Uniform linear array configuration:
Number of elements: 24
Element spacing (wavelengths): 0.75
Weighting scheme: exponential
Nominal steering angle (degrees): -60
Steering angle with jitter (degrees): -59.708
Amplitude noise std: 0.05
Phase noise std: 0.05

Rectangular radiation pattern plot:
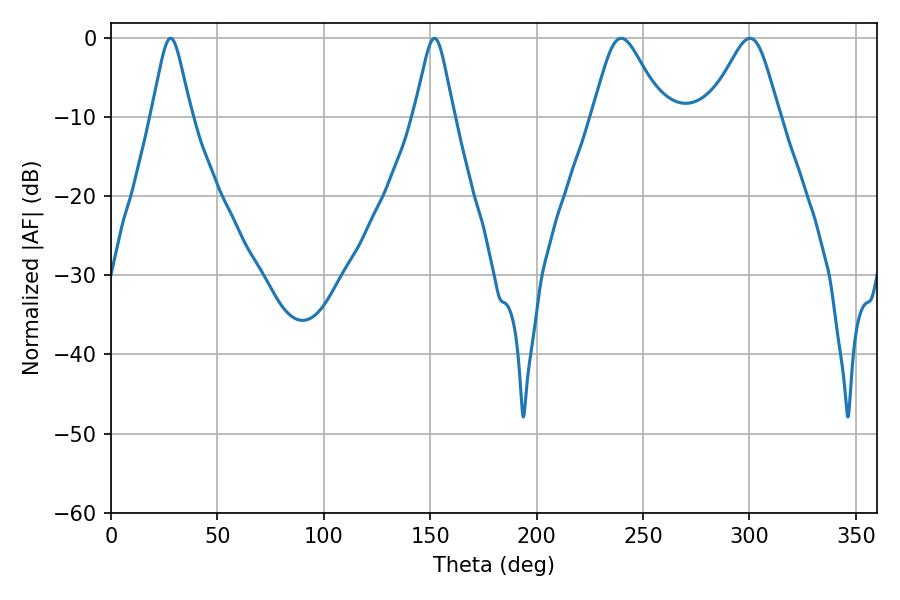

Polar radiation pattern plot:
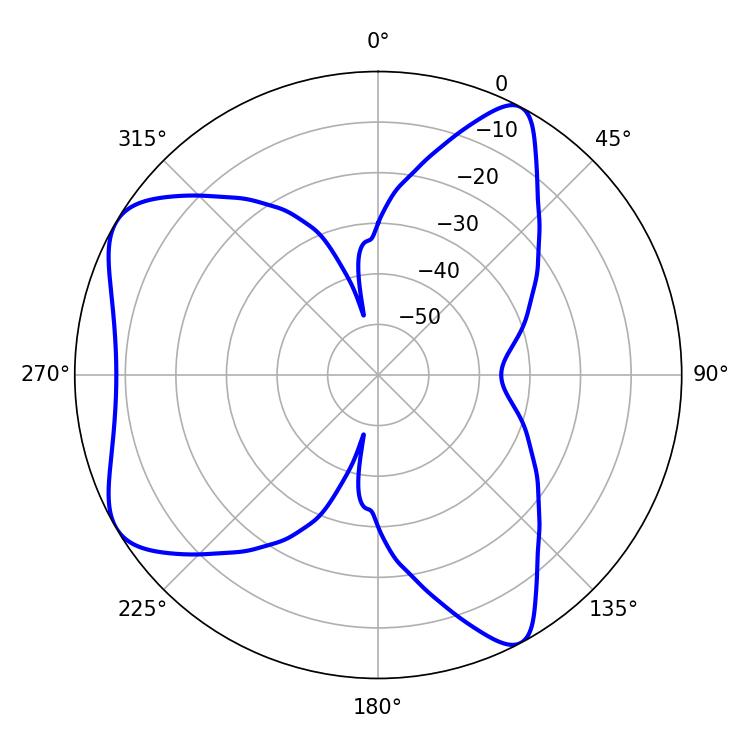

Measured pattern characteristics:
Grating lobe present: TRUE
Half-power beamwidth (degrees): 16.2
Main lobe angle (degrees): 239.76